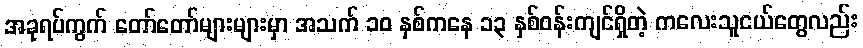
အခုရပ်ကွက် တော်တော်များများမှာ အသက် ၁၀ နှစ်ကနေ ၁၃ နှစ်ဝန်းကျင်ရှိတဲ့ ကလေးသူငယ်တွေလည်း